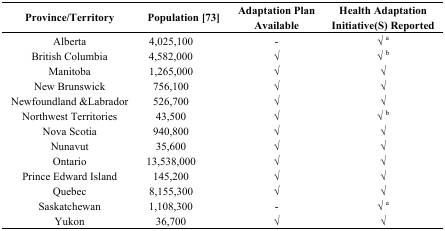
<table><thead><tr><td><b>Province/Territory</b></td><td><b>Population [73]</b></td><td><b>Adaptation Plan Available</b></td><td><b>Health Adaptation Initiative(S) Reported</b></td></tr></thead><tbody><tr><td>Alberta</td><td>4,025,100</td><td>-</td><td>√ <sup>a</sup></td></tr><tr><td>British Columbia</td><td>4,582,000</td><td>√</td><td>√ <sup>b</sup></td></tr><tr><td>Manitoba</td><td>1,265,000</td><td>√</td><td>√</td></tr><tr><td>New Brunswick</td><td>756,100</td><td>√</td><td>√</td></tr><tr><td>Newfoundland &amp;Labrador</td><td>526,700</td><td>√</td><td>√</td></tr><tr><td>Northwest Territories</td><td>43,500</td><td>√</td><td>√ <sup>b</sup></td></tr><tr><td>Nova Scotia</td><td>940,800</td><td>√</td><td>√</td></tr><tr><td>Nunavut</td><td>35,600</td><td>√</td><td>√</td></tr><tr><td>Ontario</td><td>13,538,000</td><td>√</td><td>√</td></tr><tr><td>Prince Edward Island</td><td>145,200</td><td>√</td><td>√</td></tr><tr><td>Quebec</td><td>8,155,300</td><td>√</td><td>√</td></tr><tr><td>Saskatchewan</td><td>1,108,300</td><td>-</td><td>√ <sup>a</sup></td></tr><tr><td>Yukon</td><td>36,700</td><td>√</td><td>√</td></tr></tbody></table>